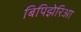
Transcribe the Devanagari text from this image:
बिपिझेरिआ